Report on the lunatic asylums under the Government of Bombay - 1904-1913
Year: 1904
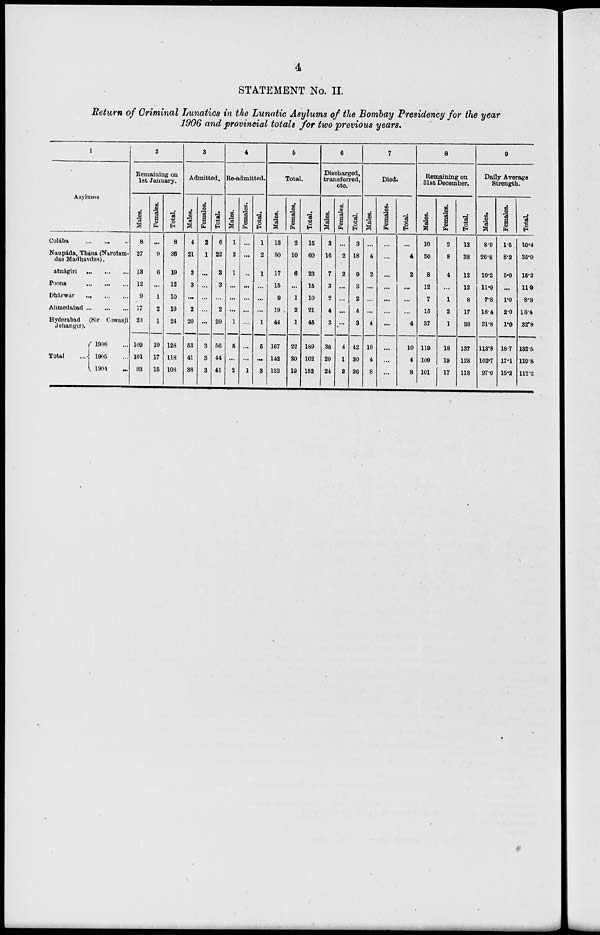
4
STATEMENT No. II.
Return of Criminal Lunatics in the Lunatic Asylums of the Bombay Presidency for the year
1906 and provincial totals for two previous years.
1
Asylums
Colába ... ... ...
Naupáds, Thána (Narotam-
das Madhavdas).
Ratnágiri
...
...
...
Poona ... ... ...
Dhárwár
...
...
...
Ahmedabad
...
...
...
Hyderabad (Sir Cowasji
Jehangir).
Total ...
1906 ...
1905 ...
1904 ...
2
Remaining on
1st January.
Males.
8
27
13
12
9
17
23
109
101
93
Females.
...
9
6
...
1
2
1
19
17
15
Total.
8
36
19
12
10
19
24
128
118
108
3
Admitted.
Males.
4
21
3
3
...
2
20
53
41
38
Females.
2
1
...
...
...
...
...
3
3
3
Total.
6
22
3
3
...
2
20
56
44
41
4
Re-admitted.
Males.
1
2
1
...
...
...
1
5
...
2
Females.
...
...
...
...
...
...
...
...
...
1
Total.
1
2
1
...
...
...
1
5
...
3
5
Total.
Males.
13
50
17
15
9
19
44
167
142
133
Females.
2
10
6
...
1
2
1
22
20
19
Total.
15
60
23
15
10
21
45
189
162
152
6
Discharged,
transferred,
etc.
Males.
3
16
7
3
2
4
3
38
29
24
Females.
...
2
2
...
...
...
...
4
1
2
Total.
3
18
9
3
2
4
3
42
30
26
7
Died.
Males.
...
4
2
...
...
...
4
10
4
8
Females.
...
...
...
...
...
...
...
...
...
...
Total.
...
4
2
...
...
...
4
10
4
8
8
Remaining on
31st December.
Males.
10
30
8
12
7
15
37
119
109
101
Females.
2
8
4
...
1
2
1
18
19
17
Total.
12
38
12
12
8
17
38
137
128
118
9
Daily Average
Strength.
Males.
8.9
26.8
10.2
11.9
7.8
16.4
31.8
113.8
102.7
97.0
Females.
1.5
8.2
5.0
...
1.0
2.0
1.0
18.7
17.1
15.2
Total.
10.4
35.0
15.2
11.9
8.8
18.4
32.8
132.5
119.8
112.2